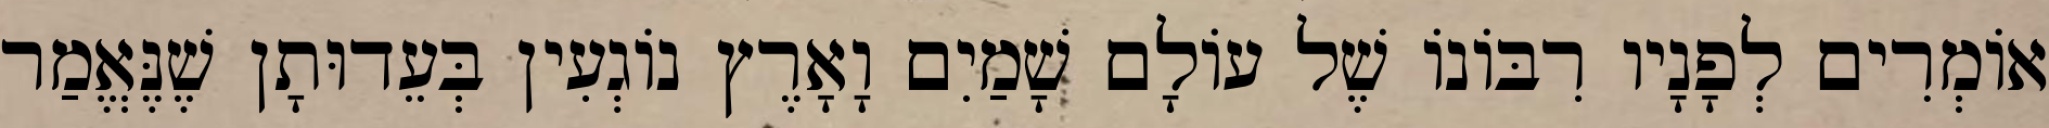
אוֹמְרִים לְפָנָיו רִבּוֹנוֹ שֶׁל עוֹלָם שָׁמַיִם וָאָרֶץ נוֹגְעִין בְּעֵדוּתָן שֶׁנֶּאֱמַר